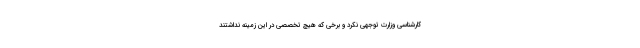
کارشناسی وزارت توجهی نکرد و برخی که هیچ تخصصی در این زمینه نداشتند